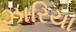
ઝારિયા